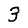
Digit: 3